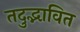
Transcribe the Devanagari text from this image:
तदुद्भावित